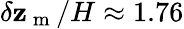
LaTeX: \delta\mathbf{z}_{\mathrm{{~m~}}}/H\approx1.76